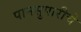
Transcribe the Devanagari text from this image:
पानसुपारीचे